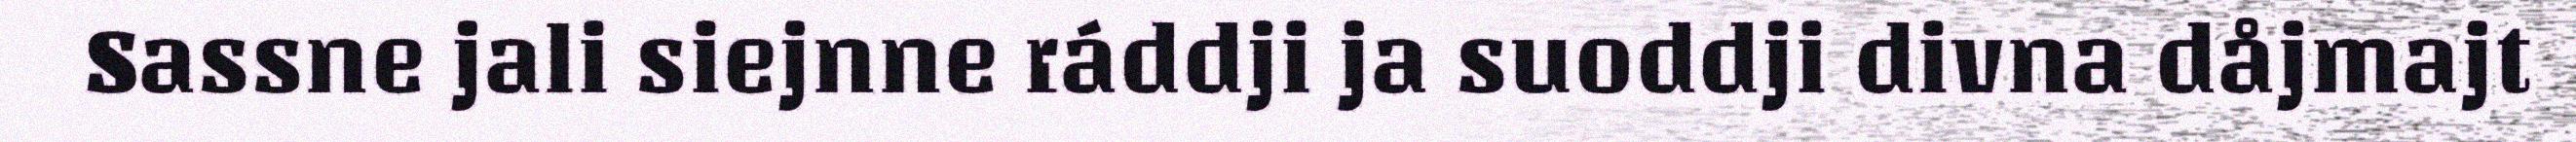
Sassne jali siejnne ráddji ja suoddji divna dåjmajt